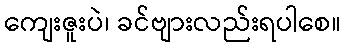
ကျေးဇူးပဲ၊ ခင်ဗျားလည်းရပါစေ။